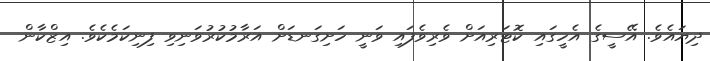
ދިޔައެވެ. އޭސީގެ އެހީގައި ކޮޓަރިއަށް ވެރިވެފައި ވަނީ ހަށިގަނޑަށް އަރާމުކުރުވަނިވި ފިނިކަމެކެވެ. އިޒްކާން